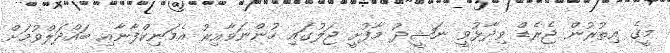
މީގެ އިތުރުން ޖެރެޑް ވިދާޅުވީ ނަޝީދު މާފުށީ ޖަލުގައި ހުންނަވާއިރު އެމަނިކްފާނާއި ބައްދަލްވުމަށް